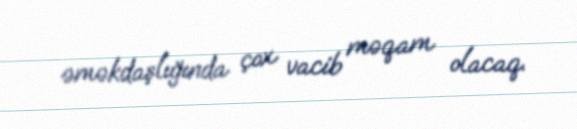
əməkdaşlığında çox vacib məqam olacaq.